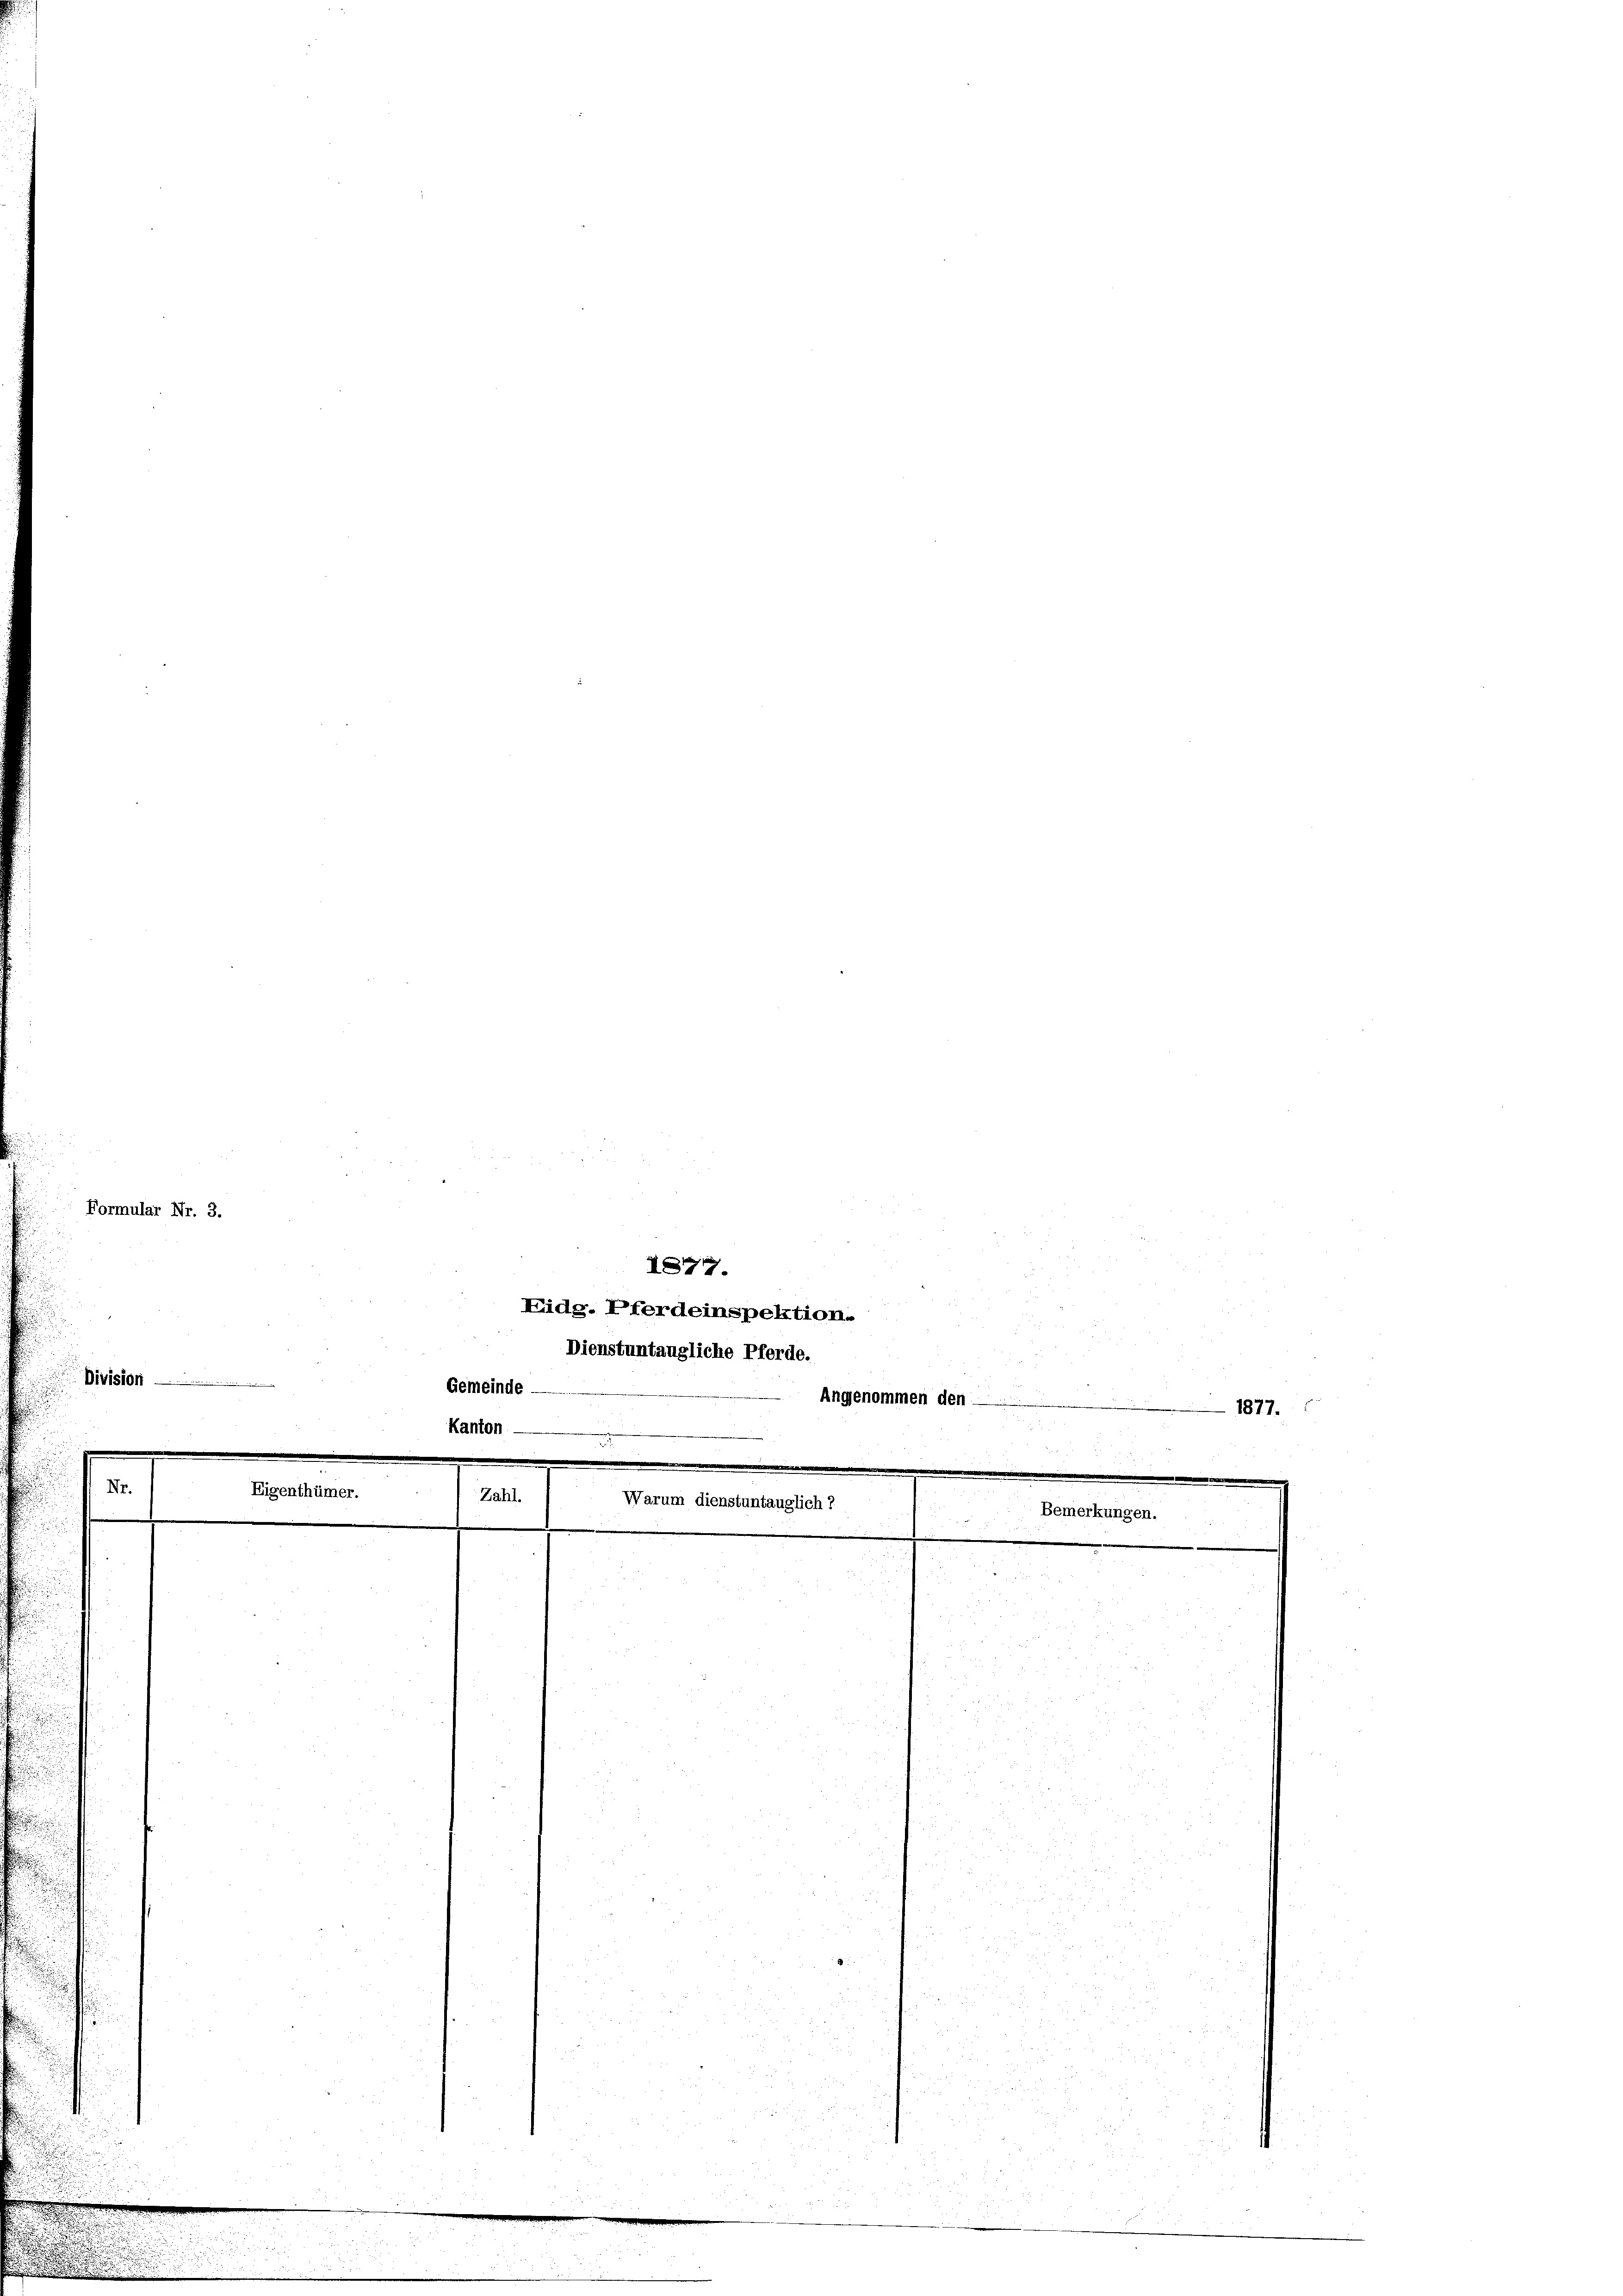
Formular Nr. 3.

Division

Nr.

e

1877.
Eidg. Pferdeinspektion.
Dienstuntängliche Pferde.

Gemeinde -
.
Kanton
Zahl.
Warum dienstuntauglich?

Angenommen den —

Bemerku

1877.